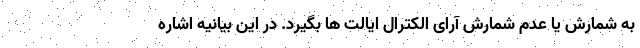
به شمارش یا عدم شمارش آرای الکترال ایالت ها بگیرد. در این بیانیه اشاره